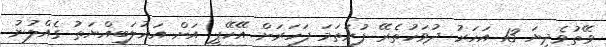
ވޭތުވެދިޔަ 13 އަހަރު ދުވަހުތެރޭ ފުރަތަމަ ފަހަރަށް އޭކޭޕީ އަށް އަޣުލަބިއްޔަތު ގެއްލުނު